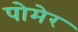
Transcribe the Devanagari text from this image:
पोमेर